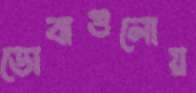
ডোবাগুলোয়